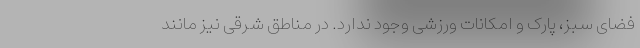
فضای سبز، پارک و امکانات ورزشی وجود ندارد. در مناطق شرقی نیز مانند